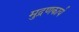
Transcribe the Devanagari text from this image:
मुद्रणकार्य